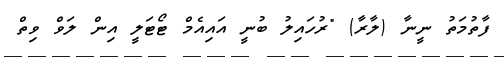
ފާތުމަތު ނީނާ (ލާރާ) "ރުހައިލު ބުނީ އައިއެމް ޓޯޓަލީ އިން ލަވް ވިތް